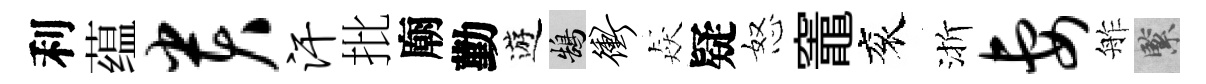
利蕴贵汗批廟勤遊鵠冲猋疑怒竈衮渐妻舴緊